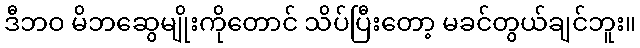
ဒီဘဝ မိဘဆွေမျိုးကိုတောင် သိပ်ပြီးတော့ မခင်တွယ်ချင်ဘူး။